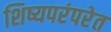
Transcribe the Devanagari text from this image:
शिष्यपरंपरेत